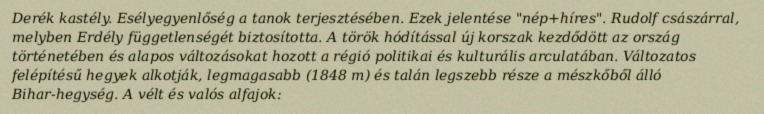
Derék kastély. Esélyegyenlőség a tanok terjesztésében. Ezek jelentése "nép+híres". Rudolf császárral, melyben Erdély függetlenségét biztosította. A török hódítással új korszak kezdődött az ország történetében és alapos változásokat hozott a régió politikai és kulturális arculatában. Változatos felépítésű hegyek alkotják, legmagasabb (1848 m) és talán legszebb része a mészkőből álló Bihar-hegység. A vélt és valós alfajok: